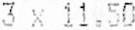
3 X 11.50